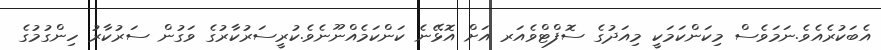
އެބަކުރެއެވެ.ނަމަވެސް މިކަންކަމަކީ މިއަދުގެ ސޮފްޓްވެއަރ އަށް އޮޅޭނެ ކަންކަމެއްނޫނެވެ.ކުރީސަރުކާރުގެ ވަގުން ސަރުކާރު ހިންގުމުގެ